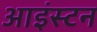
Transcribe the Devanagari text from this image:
आइंस्टन